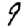
Digit: 9